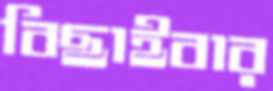
বিছাইবার